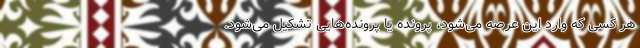
هر کسی که وارد این عرصه می‌شود، پرونده یا پرونده‌هایی تشکیل می‌شود.